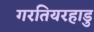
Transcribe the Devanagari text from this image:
गरतियरहाडु